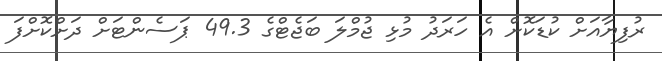
ރުފިޔާއަށް ކުޑަކޮށް އެ ހަރަދު މުޅި ޖުމްލަ ބަޖެޓްގެ 49.3 ޕަސެންޓަށް ދަށްކޮށްފަ